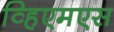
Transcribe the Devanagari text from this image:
व्हिएमएस